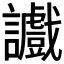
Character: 𫍔